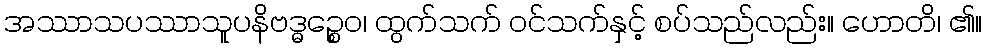
အဿာသပဿာသူပနိဗဒ္ဓဉ္စေဝ၊ ထွက်သက် ဝင်သက်နှင့် စပ်သည်လည်း။ ဟောတိ၊ ၏။